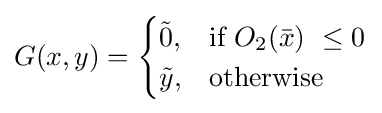
G(x,y)={\begin{cases}{\tilde {0}},&{\text{if }}O_{2}({\bar {x}}){\text{ }}\leq 0\\{\tilde {y}},&{\text{otherwise}}\end{cases}}